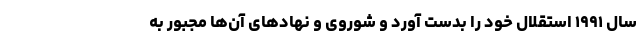
سال ۱۹۹۱ استقلال خود را بدست آورد و شوروی و نهاد‌های آن‌ها مجبور به